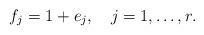
\begin{align*}f_j=1+e_j,\quad j=1,\ldots,r. \end{align*}